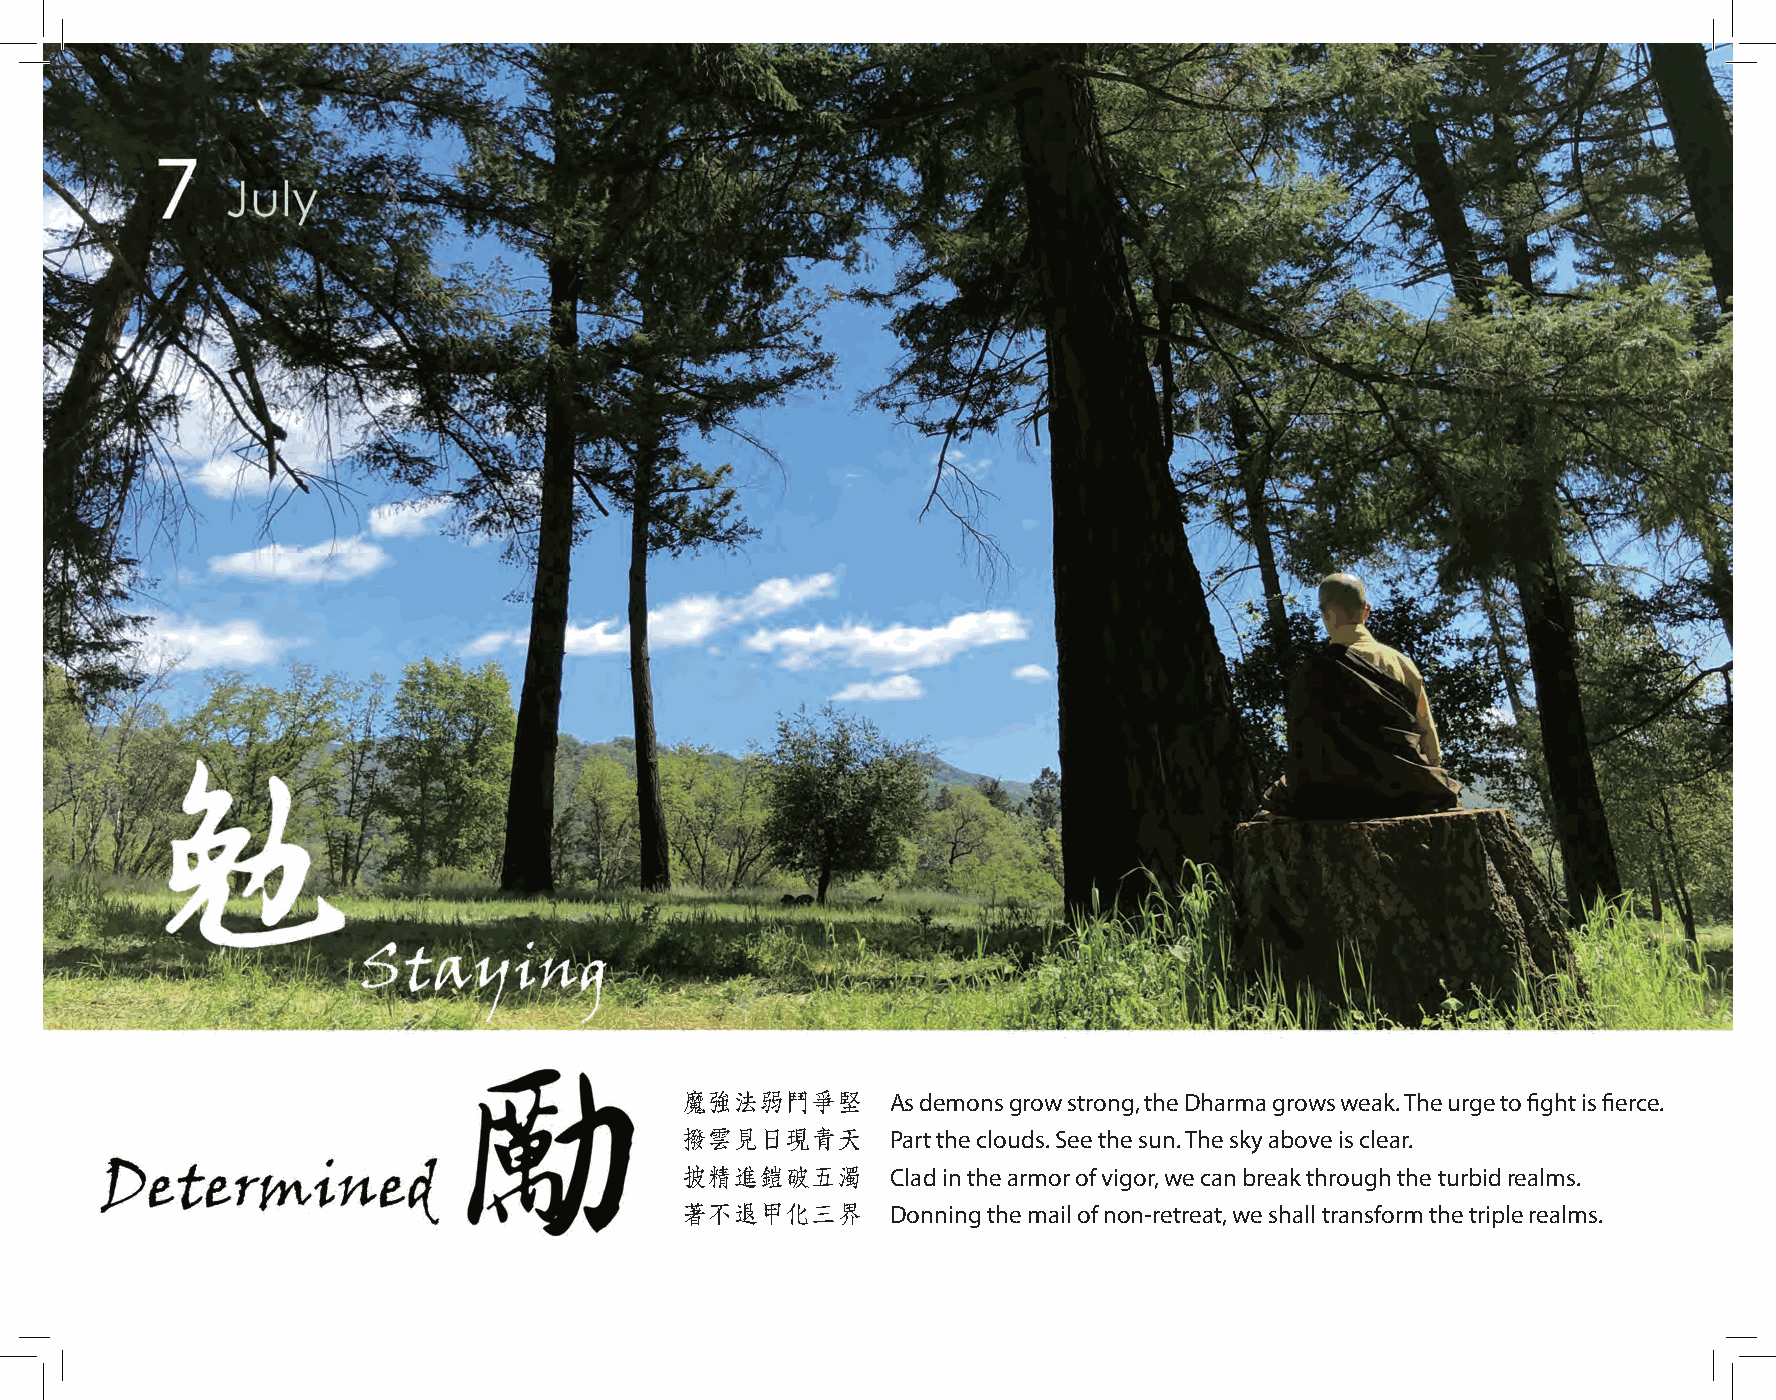
魔強法弱鬥爭堅       As demons grow strong, the Dharma grows weak. The urge to fight is fierce.
 撥雲見日現青天       Part the clouds. See the sun. The sky above is clear.
 披精進鎧破五濁       Clad in the armor of vigor, we can break through the turbid realms.
 著不退甲化三界       Donning the mail of non-retreat, we shall transform the triple realms.